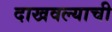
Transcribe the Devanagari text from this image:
दाखवल्याची